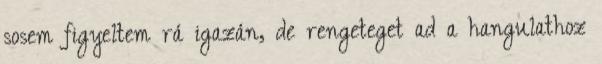
sosem figyeltem rá igazán, de rengeteget ad a hangulathoz